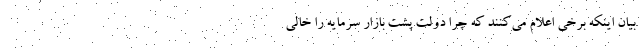
بیان اینکه برخی اعلام می‌کنند که چرا دولت پشت بازار سرمایه را خالی